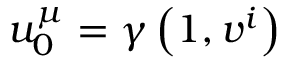
u _ { 0 } ^ { \mu } = \gamma \left( 1 , v ^ { i } \right)